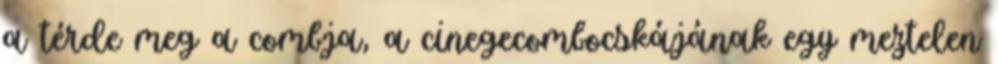
a térde meg a combja, a cinegecombocskájának egy meztelen